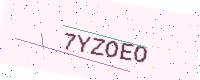
Text: 7YZOEO